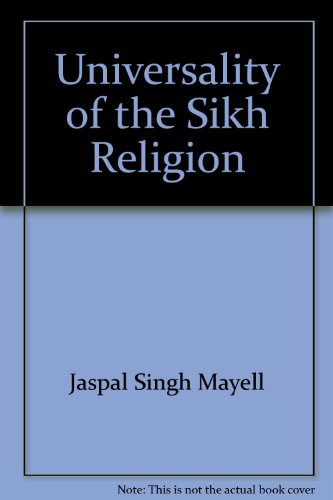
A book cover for Universality of the Sikh Religion: A Guide to Understanding Sikhism and the Sikh Religion; Jaspal Singh Mayell; Religion & Spirituality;